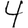
Digit: 4